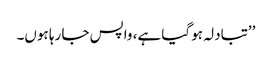
’’تبادلہ ہو گیا ہے، واپس جا رہا ہوں۔